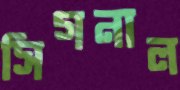
সিগনাল